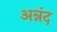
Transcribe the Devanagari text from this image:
अन्नंद